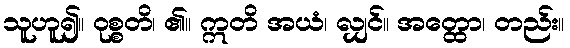
သူဟူ၍။ ဝုစ္စတိ၊ ၏။ ဣတိ အယံ၊ လျှင်။ အတ္ထော၊ တည်း။